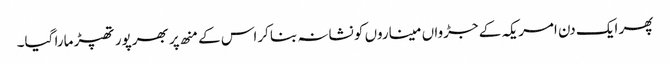
پھر ایک دن امریکہ کے جڑواں میناروں کو نشانہ بنا کراس کے منھ پر بھرپور تھپڑ مارا گیا۔